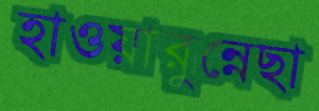
হাওয়ারুন্নেছা